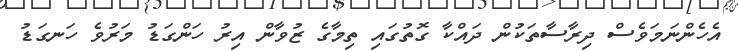
އެހެންނަމަވެސް ދިރާސާތަކުން ދައްކާ ގޮތުގައި ތިމާގެ ޒުވާން އިރު ހަންގަޑު މަރުވެ ހަނގަޑު